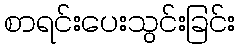
စာရင်းပေးသွင်းခြင်း